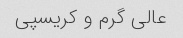
عالی گرم و کریسپی